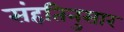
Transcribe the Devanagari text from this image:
संहतिनुसार